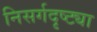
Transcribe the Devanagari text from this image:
निसर्गदृष्ट्या